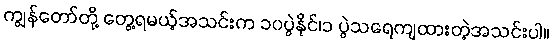
ကျွန်တော်တို့ တွေ့ရမယ့်အသင်းက ၁၀ပွဲနိုင်၊၁ ပွဲသရေကျထားတဲ့အသင်းပါ။